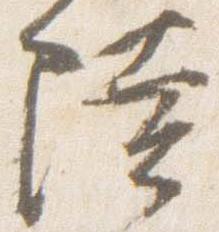
陸